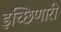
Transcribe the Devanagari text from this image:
इच्छिणारी